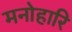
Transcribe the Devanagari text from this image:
मनोहारि